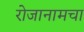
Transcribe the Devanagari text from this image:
रोजानामचा